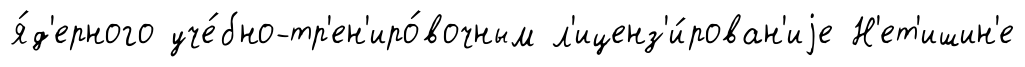
я́д'ерного уче́бно-тр'ен'иро́вочным л'иценз'и́рован'иjе Н'ет'ишин'е